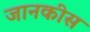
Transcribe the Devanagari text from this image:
जानकीस